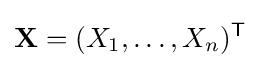
\mathbf {X} =(X_{1},\ldots ,X_{n})^{\mathsf {T}}